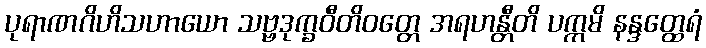
ပုရာဏဂိဟိသဟာယော သဗ္ဗဒုက္ခဝီတိဝတ္တေ အရဟန္တီတိ ပက္ကမိ နန္ဒတ္ထေရံ